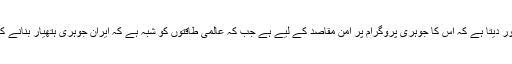
ایران اس بات پر زور دیتا ہے کہ اس کا جوہری پروگرام پر امن مقاصد کے لیے ہے جب کہ عالمی طاقتوں کو شبہ ہے کہ ایران جوہری ہتھیار بنانے کے لیے کوشاں ہے۔